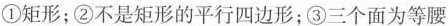
①矩形；②不是矩形的平行四边形；③三个面为等腰